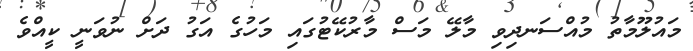
މައުލޫމާތު މުއްސަނދިވި މާލޭ މަސް މާރުކޭޓުގައި މަހުގެ އަގު ދަށް ނުވަނީ ކީއްވެ